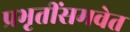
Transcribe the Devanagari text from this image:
प्रभृतींसमवेत